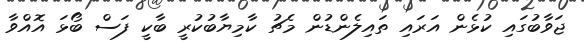
ޖަވާބުގައި ކުޅެން އަރައި ތައިލެންޑުން މެޗު ކާމިޔާބުކުރީ ބާކީ ފަސް ބޯޅަ އޮއްވާ